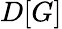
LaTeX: D[G]